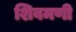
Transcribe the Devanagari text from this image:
शिवमणी